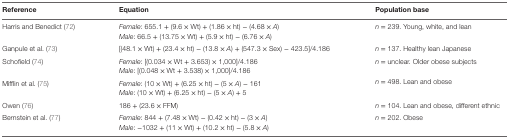
<table><thead><tr><td><b>Reference</b></td><td><b>Equation</b></td><td><b>Population base</b></td></tr></thead><tbody><tr><td rowspan="2">Harris and Benedict (72)</td><td><i>Female</i>: 655.1 + (9.6 × Wt) + (1.86 × ht) − (4.68 × <i>A</i>)</td><td rowspan="2"><i>n</i> = 239. Young, white, and lean</td></tr><tr><td><i>Male</i>: 66.5 + (13.75 × Wt) + (5.9 × ht) − (6.76 × <i>A</i>)</td></tr><tr><td>Ganpule et al. (73)</td><td>[(48.1 × Wt) + (23.4 × ht) − (13.8 × <i>A</i>) + (547.3 × Sex) − 423.5]/4.186</td><td><i>n</i> = 137. Healthy lean Japanese</td></tr><tr><td rowspan="2">Schofield (74)</td><td><i>Female</i>: [(0.034 × Wt + 3.653) × 1,000]/4.186</td><td rowspan="2"><i>n</i> = unclear. Older obese subjects</td></tr><tr><td><i>Male</i>: [(0.048 × Wt + 3.538) × 1,000]/4.186</td></tr><tr><td rowspan="2">Mifflin et al. (75)</td><td><i>Female</i>: (10 × Wt) + (6.25 × ht) − (5 × <i>A</i>) − 161</td><td rowspan="2"><i>n</i> = 498. Lean and obese</td></tr><tr><td><i>Male</i>: (10 × Wt) + (6.25 × ht) − (5 × <i>A</i>) + 5</td></tr><tr><td>Owen (76)</td><td>186 + (23.6 × FFM)</td><td><i>n</i> = 104. Lean and obese, different ethnic</td></tr><tr><td rowspan="2">Bernstein et al. (77)</td><td><i>Female</i>: 844 + (7.48 × Wt) − (0.42 × ht) − (3 × <i>A</i>)</td><td rowspan="2"><i>n</i> = 202. Obese</td></tr><tr><td><i>Male</i>: −1032 + (11 × Wt) + (10.2 × ht) − (5.8 × <i>A</i>)</td></tr></tbody></table>